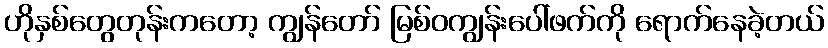
ဟိုနှစ်တွေတုန်းကတော့ ကျွန်တော် မြစ်ဝကျွန်းပေါ်ဖက်ကို ရောက်နေခဲ့တယ်